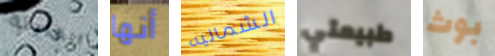
القابلة أنها الشماليه طبيعتي بوث